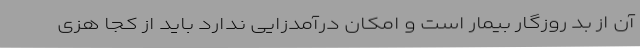
آن از بد روزگار بیمار است و امکان درآمدزایی ندارد باید از کجا هزی